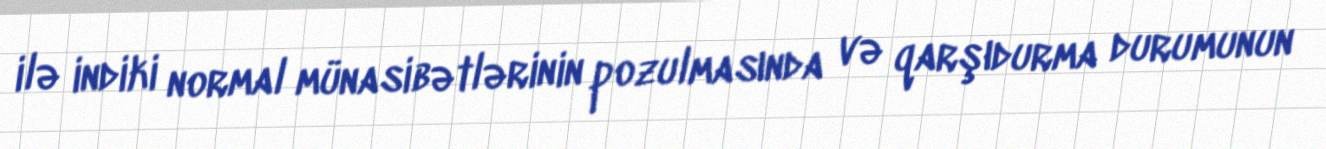
ilə indiki normal münasibətlərinin pozulmasında və qarşıdurma durumunun